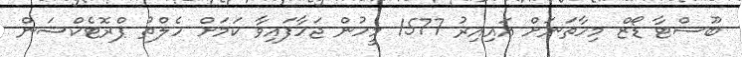
ބޫސްޓާ ޑޯޒް މިހާތަނަށް އައިއިރު 1577 މީހުން ޖަހާފައިވާ ކަމަށް ހެލްތު ޕްރޮޓެކްޝަން